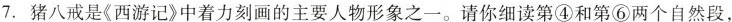
7. 猪八戒是《西游记》中着力刻画的主要人物形象之一。请你细读第④和第⑥两个自然段，